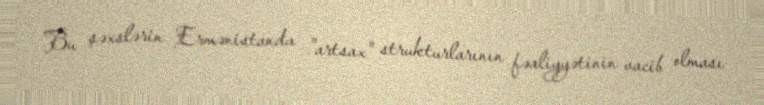
Bu şəxslərin Ermənistanda "artsax" strukturlarının fəaliyyətinin vacib olması